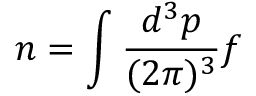
n = \int \frac { d ^ { 3 } p } { ( 2 \pi ) ^ { 3 } } f